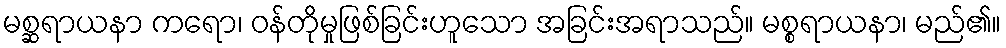
မစ္ဆရာယနာ ကရော၊ ဝန်တိုမှုဖြစ်ခြင်းဟူသော အခြင်းအရာသည်။ မစ္စရာယနာ၊ မည်၏။